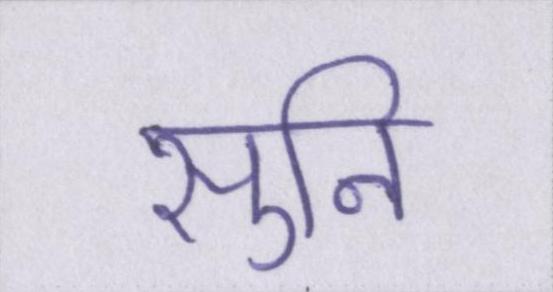
सुनि